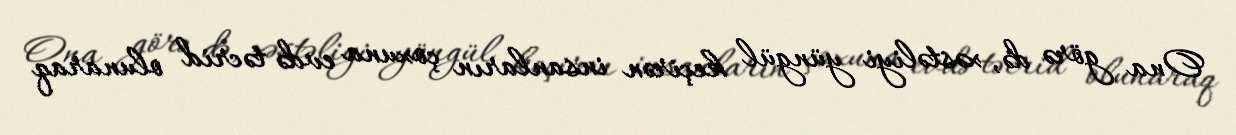
Ona görə də, xəstəliyi yüngül keçirən insanların çoxuna evdə təcrid olunaraq